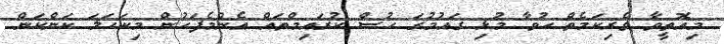
މިއޮތީވާ ވެރިކަމެތް ހުވާ މުޅި ގައުމުގަ ހުސް ކުރައިމްތައް އެންމެފަހުން މިކަހަލަ ކަންކަން